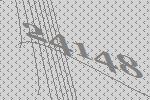
24148